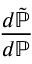
\frac { d { \tilde { \mathbb { P } } } } { d \mathbb { P } }